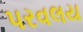
પરવલય